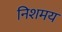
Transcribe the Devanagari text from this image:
निशमय